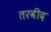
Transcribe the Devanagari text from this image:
तरवीद